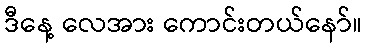
ဒီနေ့ လေအား ကောင်းတယ်နော်။